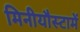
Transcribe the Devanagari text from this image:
मिनीयौस्टामें